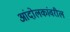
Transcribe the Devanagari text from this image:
आंदोलकांवरील